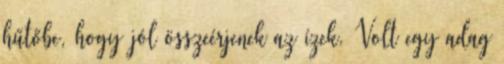
hűtőbe, hogy jól összeérjenek az ízek. Volt egy adag